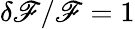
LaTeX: \delta\mathscr{F}/\mathscr{F}=1